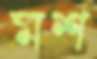
মশ